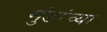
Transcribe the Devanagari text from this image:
मुंडांच्या